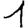
Digit: 1